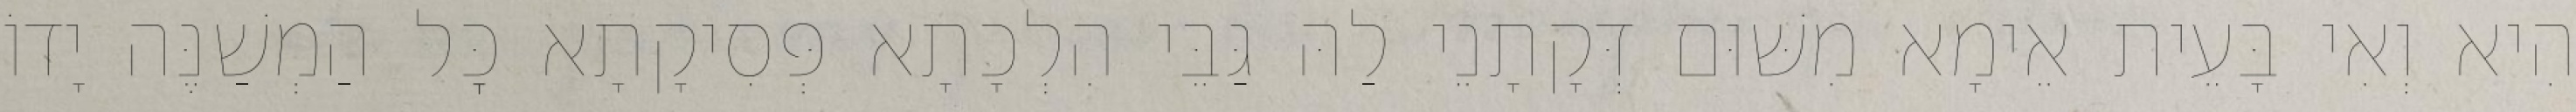
הִיא וְאִי בָּעֵית אֵימָא מִשּׁוּם דְּקָתָנֵי לַהּ גַּבֵּי הִלְכָתָא פְּסִיקָתָא כׇּל הַמְשַׁנֶּה יָדוֹ